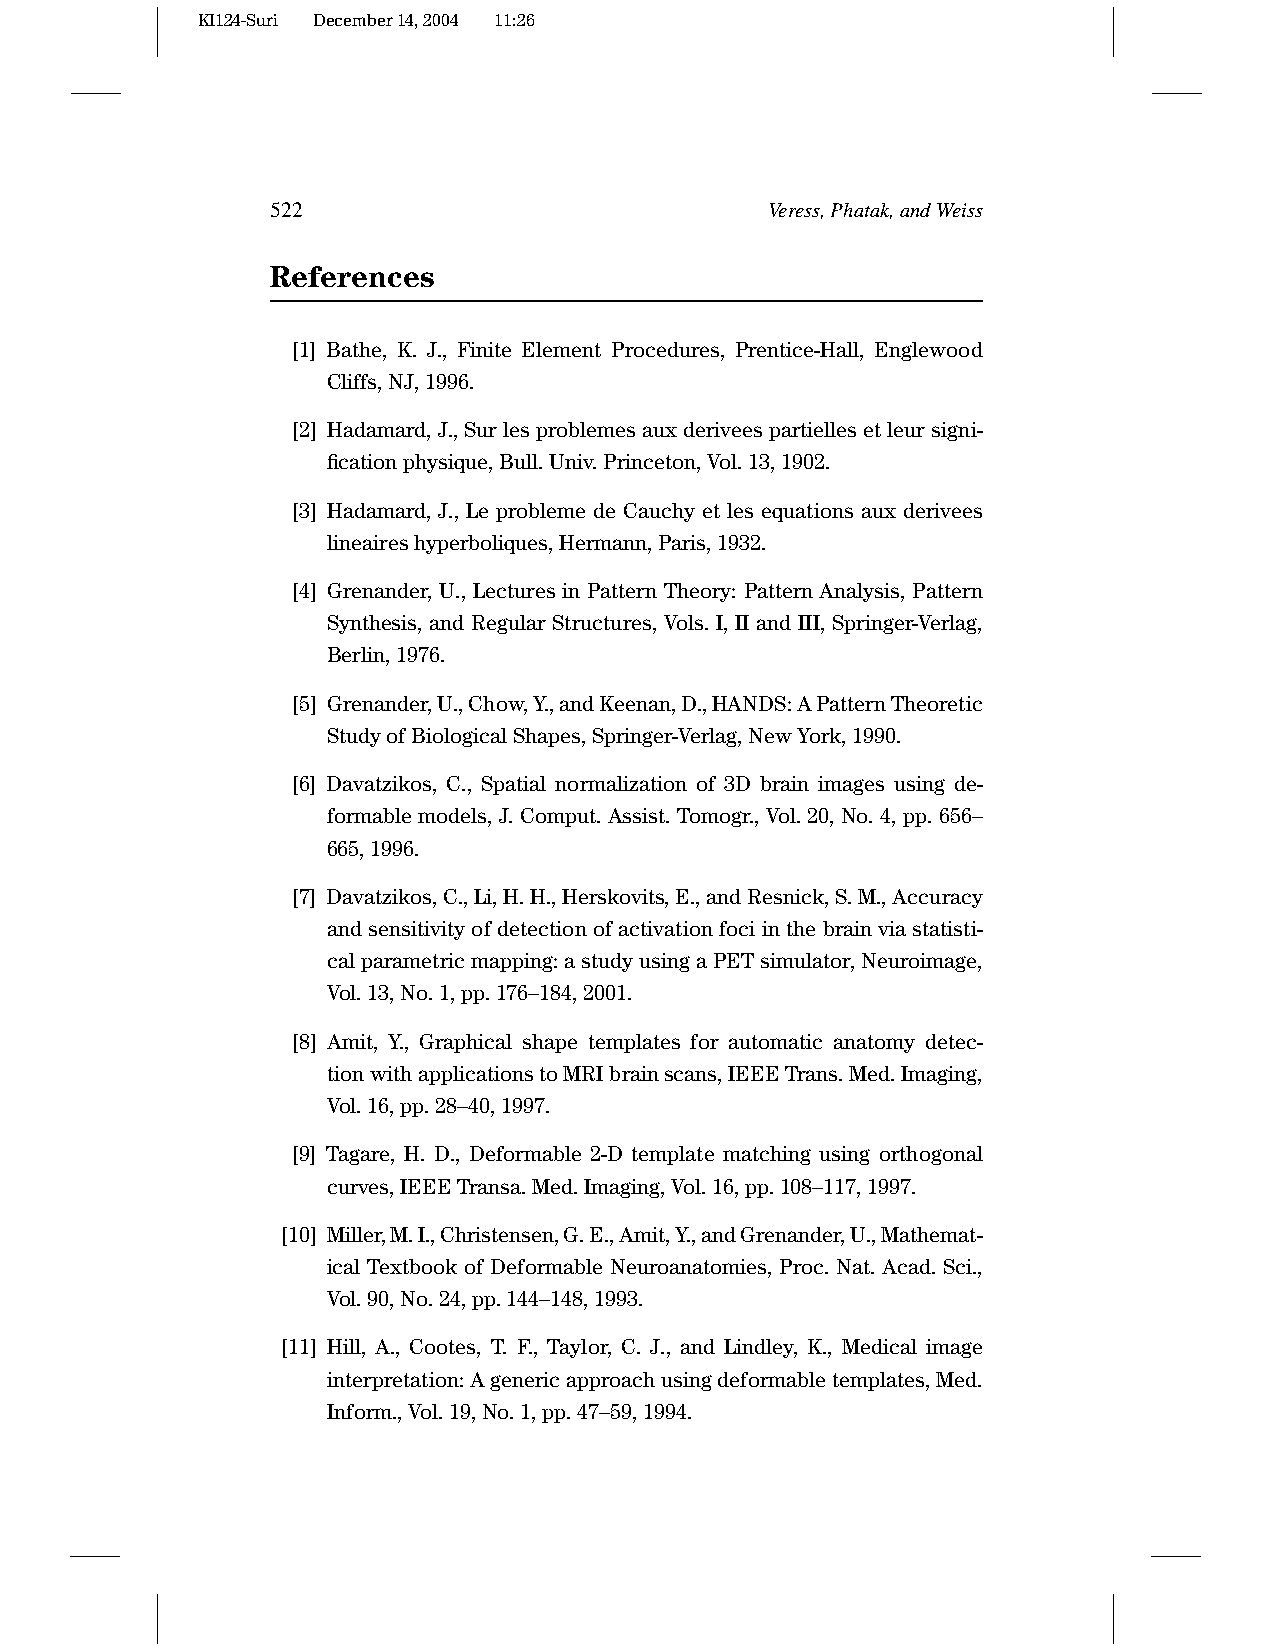
KI124-Suri December14,2004 11:26
 522                              Veress,Phatak,andWeiss
 References
 [1] Bathe, K. J., Finite Element Procedures, Prentice-Hall, Englewood
 Cliffs,NJ,1996.
 [2] Hadamard,J.,Surlesproblemesauxderiveespartiellesetleursigni-
 ficationphysique,Bull.Univ.Princeton,Vol.13,1902.
 [3] Hadamard, J., Le probleme de Cauchy et les equations aux derivees
 lineaireshyperboliques,Hermann,Paris,1932.
 [4] Grenander, U., Lectures in Pattern Theory: Pattern Analysis, Pattern
 Synthesis, and Regular Structures, Vols. I, II and III, Springer-Verlag,
 Berlin,1976.
 [5] Grenander,U.,Chow,Y.,andKeenan,D.,HANDS:APatternTheoretic
 StudyofBiologicalShapes,Springer-Verlag,NewYork,1990.
 [6] Davatzikos, C., Spatial normalization of 3D brain images using de-
 formablemodels,J.Comput.Assist.Tomogr.,Vol.20,No.4,pp.656–
 665,1996.
 [7] Davatzikos,C.,Li,H.H.,Herskovits,E.,andResnick,S.M.,Accuracy
 andsensitivityofdetectionofactivationfociinthebrainviastatisti-
 calparametricmapping:astudyusingaPETsimulator,Neuroimage,
 Vol.13,No.1,pp.176–184,2001.
 [8] Amit, Y., Graphical shape templates for automatic anatomy detec-
 tionwithapplicationstoMRIbrainscans,IEEETrans.Med.Imaging,
 Vol.16,pp.28–40,1997.
 [9] Tagare, H. D., Deformable 2-D template matching using orthogonal
 curves,IEEETransa.Med.Imaging,Vol.16,pp.108–117,1997.
 [10] Miller,M.I.,Christensen,G.E.,Amit,Y.,andGrenander,U.,Mathemat-
 ical Textbook of Deformable Neuroanatomies, Proc. Nat. Acad. Sci.,
 Vol.90,No.24,pp.144–148,1993.
 [11] Hill, A., Cootes, T. F., Taylor, C. J., and Lindley, K., Medical image
 interpretation:Agenericapproachusingdeformabletemplates,Med.
 Inform.,Vol.19,No.1,pp.47–59,1994.